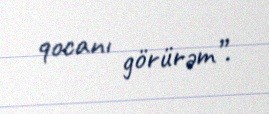
qocanı görürəm”.